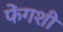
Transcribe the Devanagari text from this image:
फेंगशी